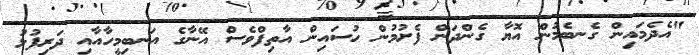
"އެދެމައިން ގެނބެމުން އޮޔާ ގެންދަން ފެށުމުން ހުސައިން އާތިފްވެސް އޭނާގެ އަނބިމީހާއާއި ދަރިފުޅު